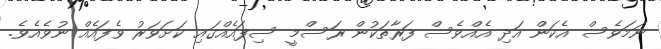
ނަމަވެސް އެކަން އަދި އެއްވެސް ފަރާތަކުން ރަސްމީ ސިފައެއްގައި ކަށަވަރު ވެފައެއް ނުވެއެވެ.